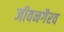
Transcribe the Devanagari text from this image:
जीवनगैरव